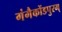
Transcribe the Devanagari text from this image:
गंगैकोंडपुरम्